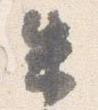
朱